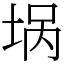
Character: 埚